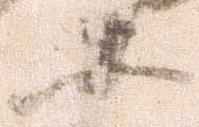
等